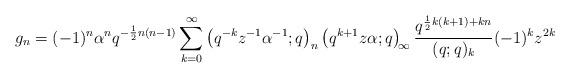
LaTeX: \begin{align*} g_{n}=(-1)^{n}\alpha^{n}q^{-\frac{1}{2}n(n-1)}\sum_{k=0}^{\infty}\left(q^{-k}z^{-1}\alpha^{-1};q\right)_{n}\left(q^{k+1}z\alpha;q\right)_{\!\infty}\frac{q^{\frac{1}{2}k(k+1)+kn}}{(q;q)_{k}}(-1)^{k}z^{2k} \end{align*}